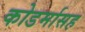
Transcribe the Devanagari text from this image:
कोडर्मासह